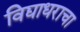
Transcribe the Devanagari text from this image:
विद्याधराचा